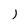
Character: j